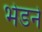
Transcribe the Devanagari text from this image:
भेडने